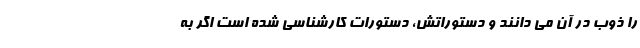
را ذوب در آن می دانند و دستوراتش، دستورات کارشناسی شده است اگر به